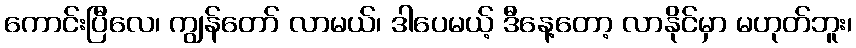
ကောင်းပြီလေ၊ ကျွန်တော် လာမယ်၊ ဒါပေမယ့် ဒီနေ့တော့ လာနိုင်မှာ မဟုတ်ဘူး၊